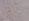
البتة